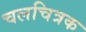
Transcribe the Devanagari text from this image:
चलचित्रक